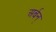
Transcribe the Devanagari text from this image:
अर्बन्